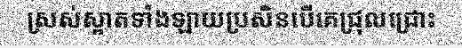
ស្រស់ស្អាតទាំងឡាយប្រសិនបើគេជ្រុលជ្រោះ